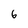
Character: 6